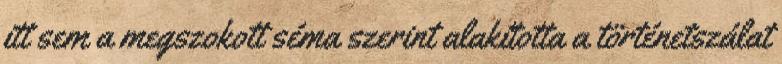
itt sem a megszokott séma szerint alakította a történetszálat